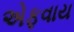
એફવાય